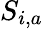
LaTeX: S_{i,a}